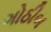
ગોઠીબ